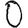
Digit: 0